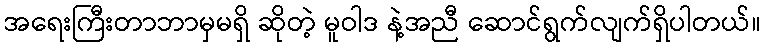
အရေးကြီးတာဘာမှမရှိ ဆိုတဲ့ မူဝါဒ နဲ့အညီ ဆောင်ရွက်လျက်ရှိပါတယ်။